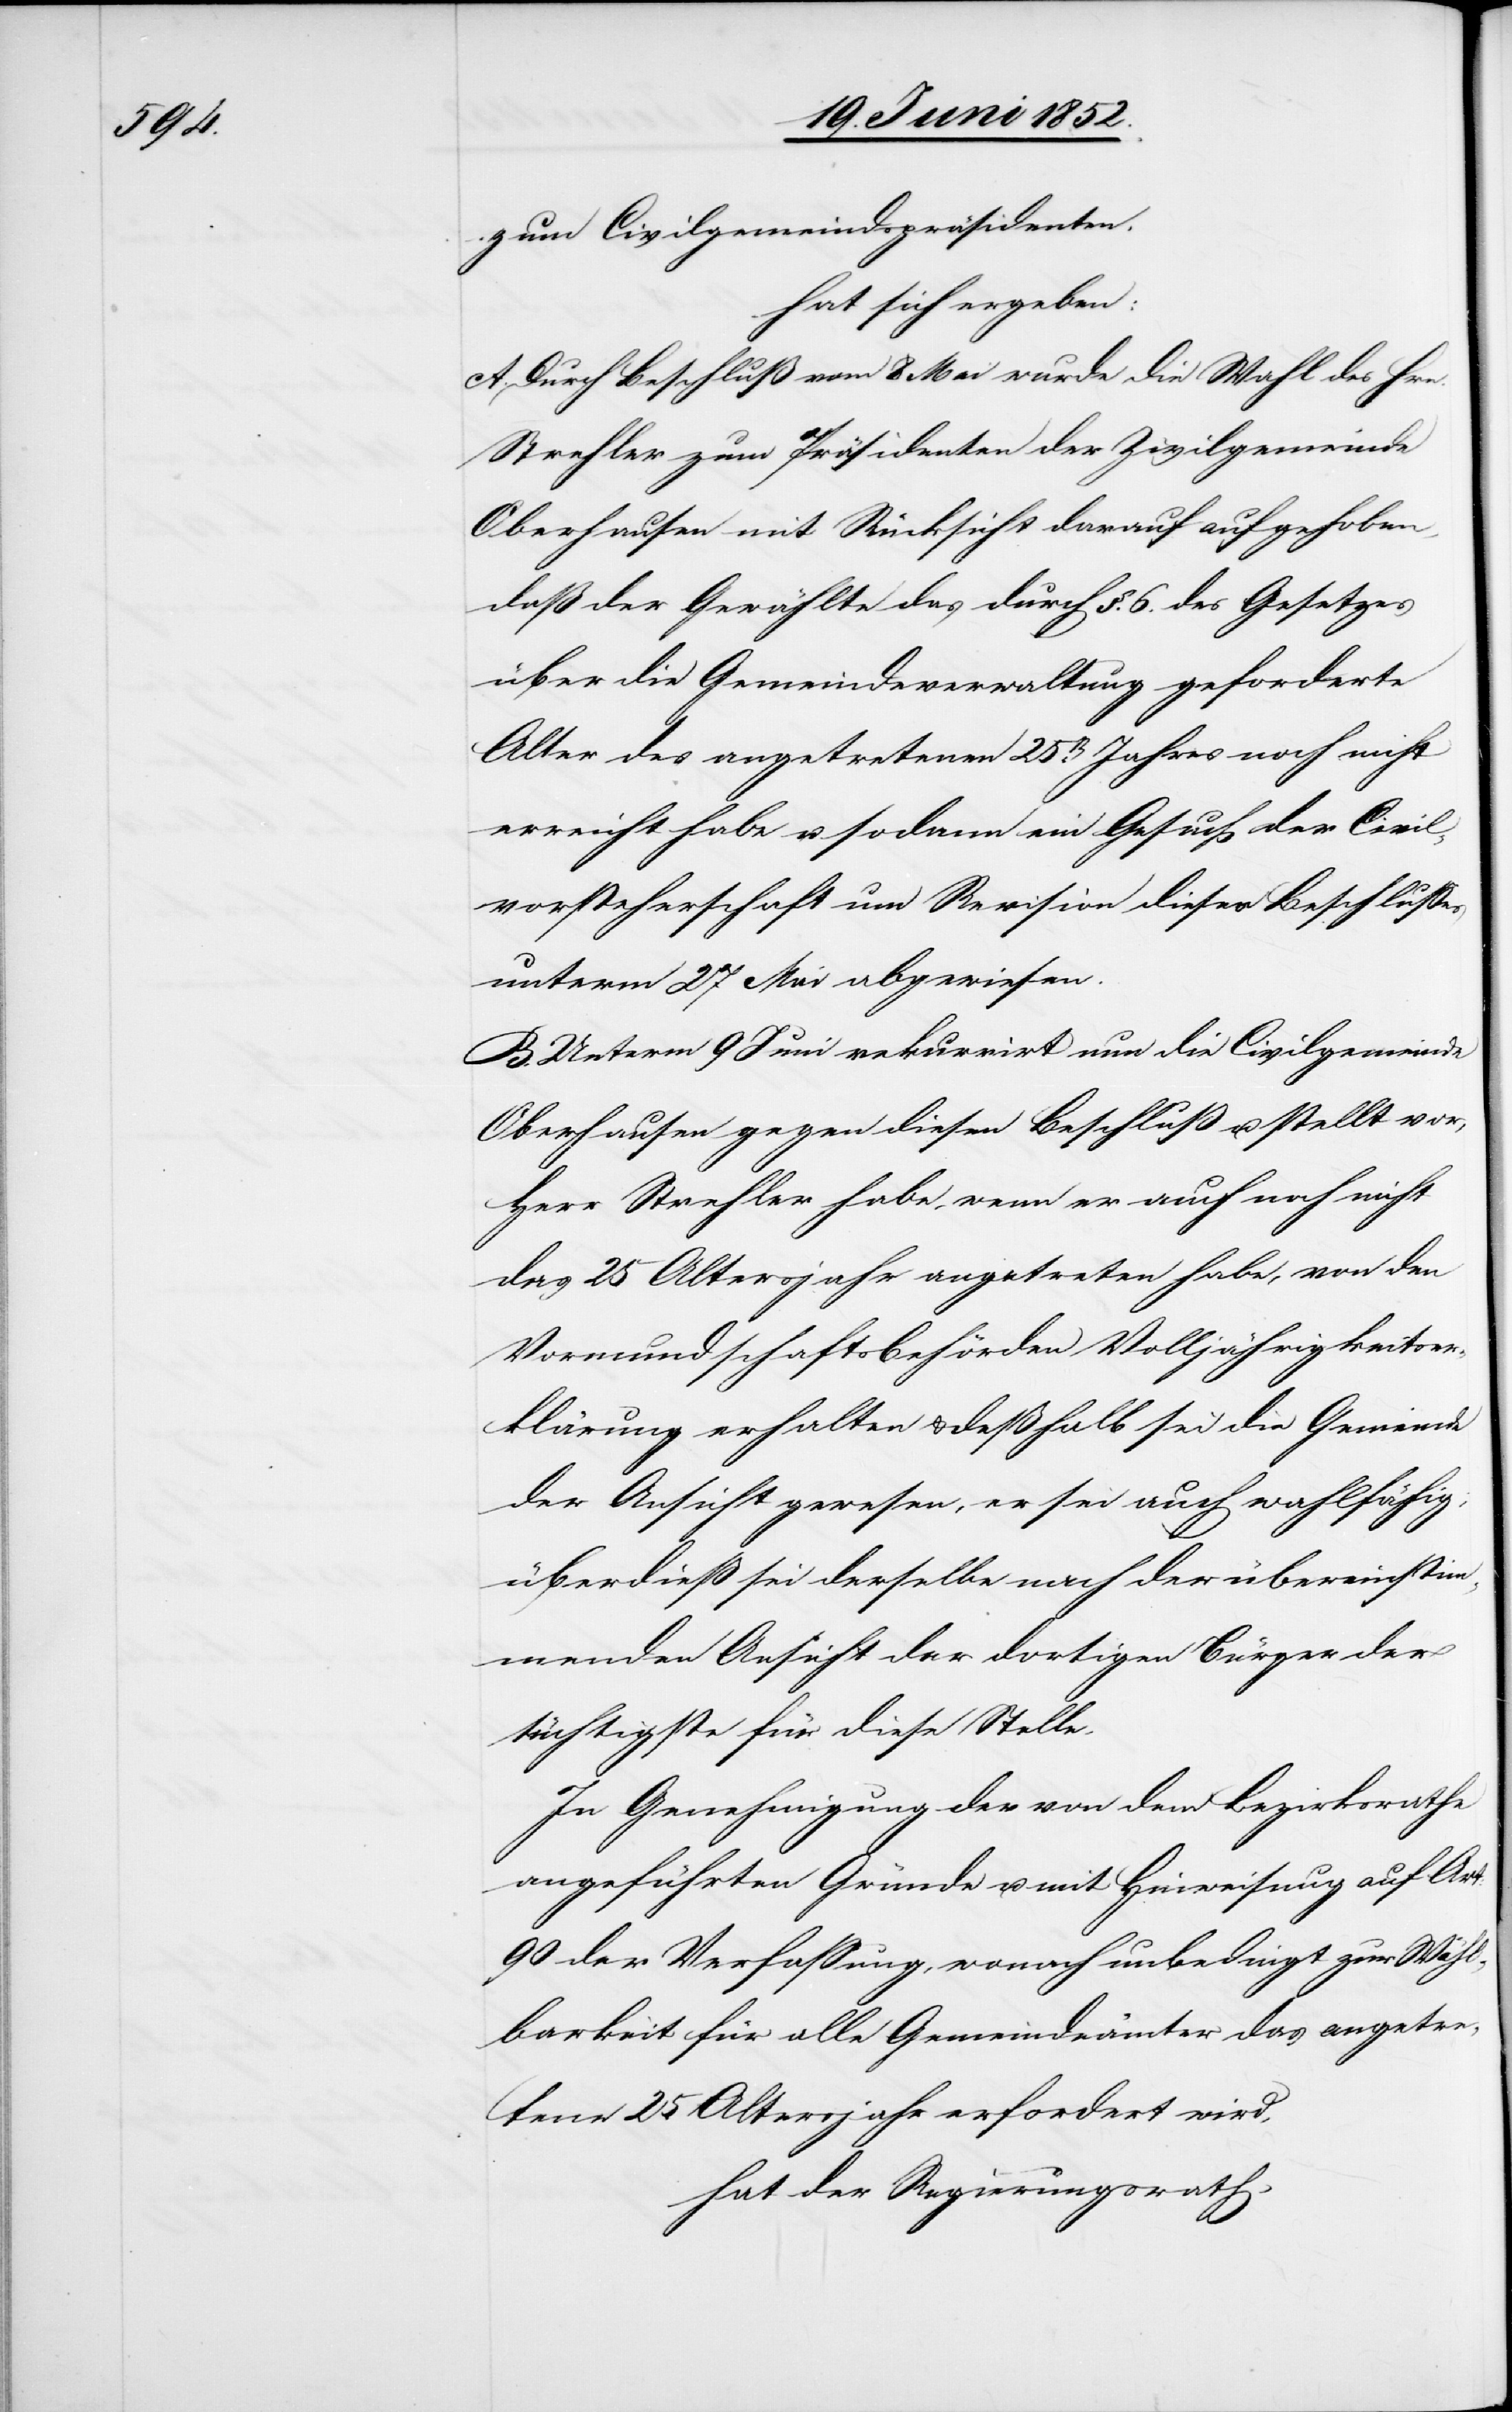
zum Civilgemeindspräsidenten.
hat sich ergeben:
A. Durch Beschluß vom 8 Mai wurde die Wahl des Hrn.
Strehler zum Präsidenten der Zivilgemeinde
Oberhausen mit Rücksicht darauf aufgehoben,
daß der Gewählte das durch §. 6. des Gesetzes
über die Gemeindeverwaltung geforderte
Alter des angetretenen 25t[en]. Jahres noch nicht
erreicht habe u. sodann ein Gesuch der Civil¬
vorsteherschaft um Revision dieses Beschlusses
unterm 27 Mai abgewiesen.
B. Unterm 9 Juni rekurrirt nun die Civilgemeinde
Oberhausen gegen diesen Beschluß u. stellt vor,
Herr Strehler habe, wenn er auch noch nicht
das 25 Altersjahr angetreten habe, von den
Vormundschaftsbehörden Volljährigkeitser¬
klärung erhalten & deßhalb sei die Gemeinde
der Ansicht gewesen, er sei auch wahlfähig,
überdieß sei derselbe nach der übereinstim¬
menden Ansicht der dortigen Bürger der
tüchtigste für diese Stelle.
In Genehmigung der von dem Bezirksrathe
angeführten Gründe u. mit Hinweisung auf Art:
90 der Verfassung, wonach unbedingt zur Wähl¬
barkeit für alle Gemeindeämter das angetre¬
tene 25 Altersjahr erfordert wird,
hat der Regierungsrath,